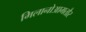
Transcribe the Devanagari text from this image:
मिलानोआमतौर